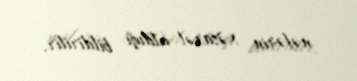
nəfərin xəsarət aldığı bildirilir.